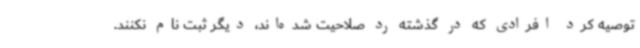
توصیه کرد افرادی که در گذشته رد صلاحیت شده‌اند، دیگر ثبت نام نکنند.